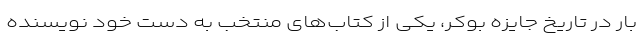
بار در تاریخ جایزه بوکر، یکی از کتاب‌های منتخب به دست خود نویسنده